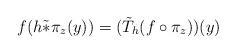
LaTeX: \begin{align*}f(h\tilde* \pi_z(y))= (\tilde T_h(f\circ\pi_z))(y)\end{align*}